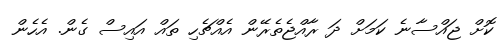
ކޮށް ޖައްސާނެ ކަމަށް ދަ ރާއްޖެތެރޭން އެއްޗެހި ތައް އައިސް ގެން. އެހެން